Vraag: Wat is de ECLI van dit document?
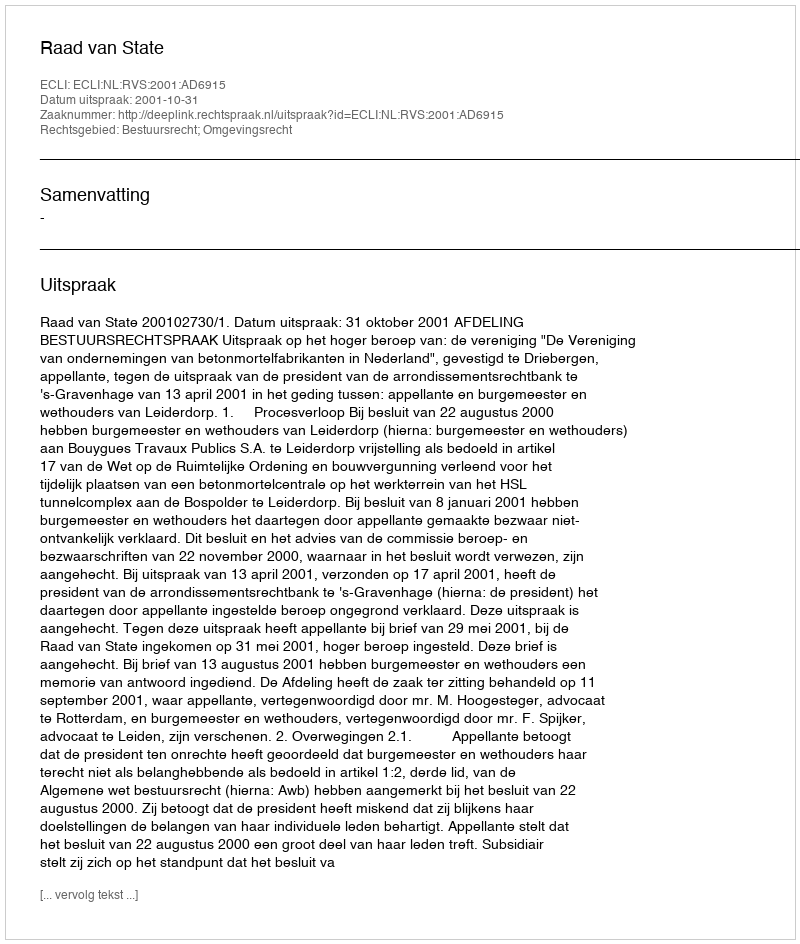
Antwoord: ECLI:NL:RVS:2001:AD6915